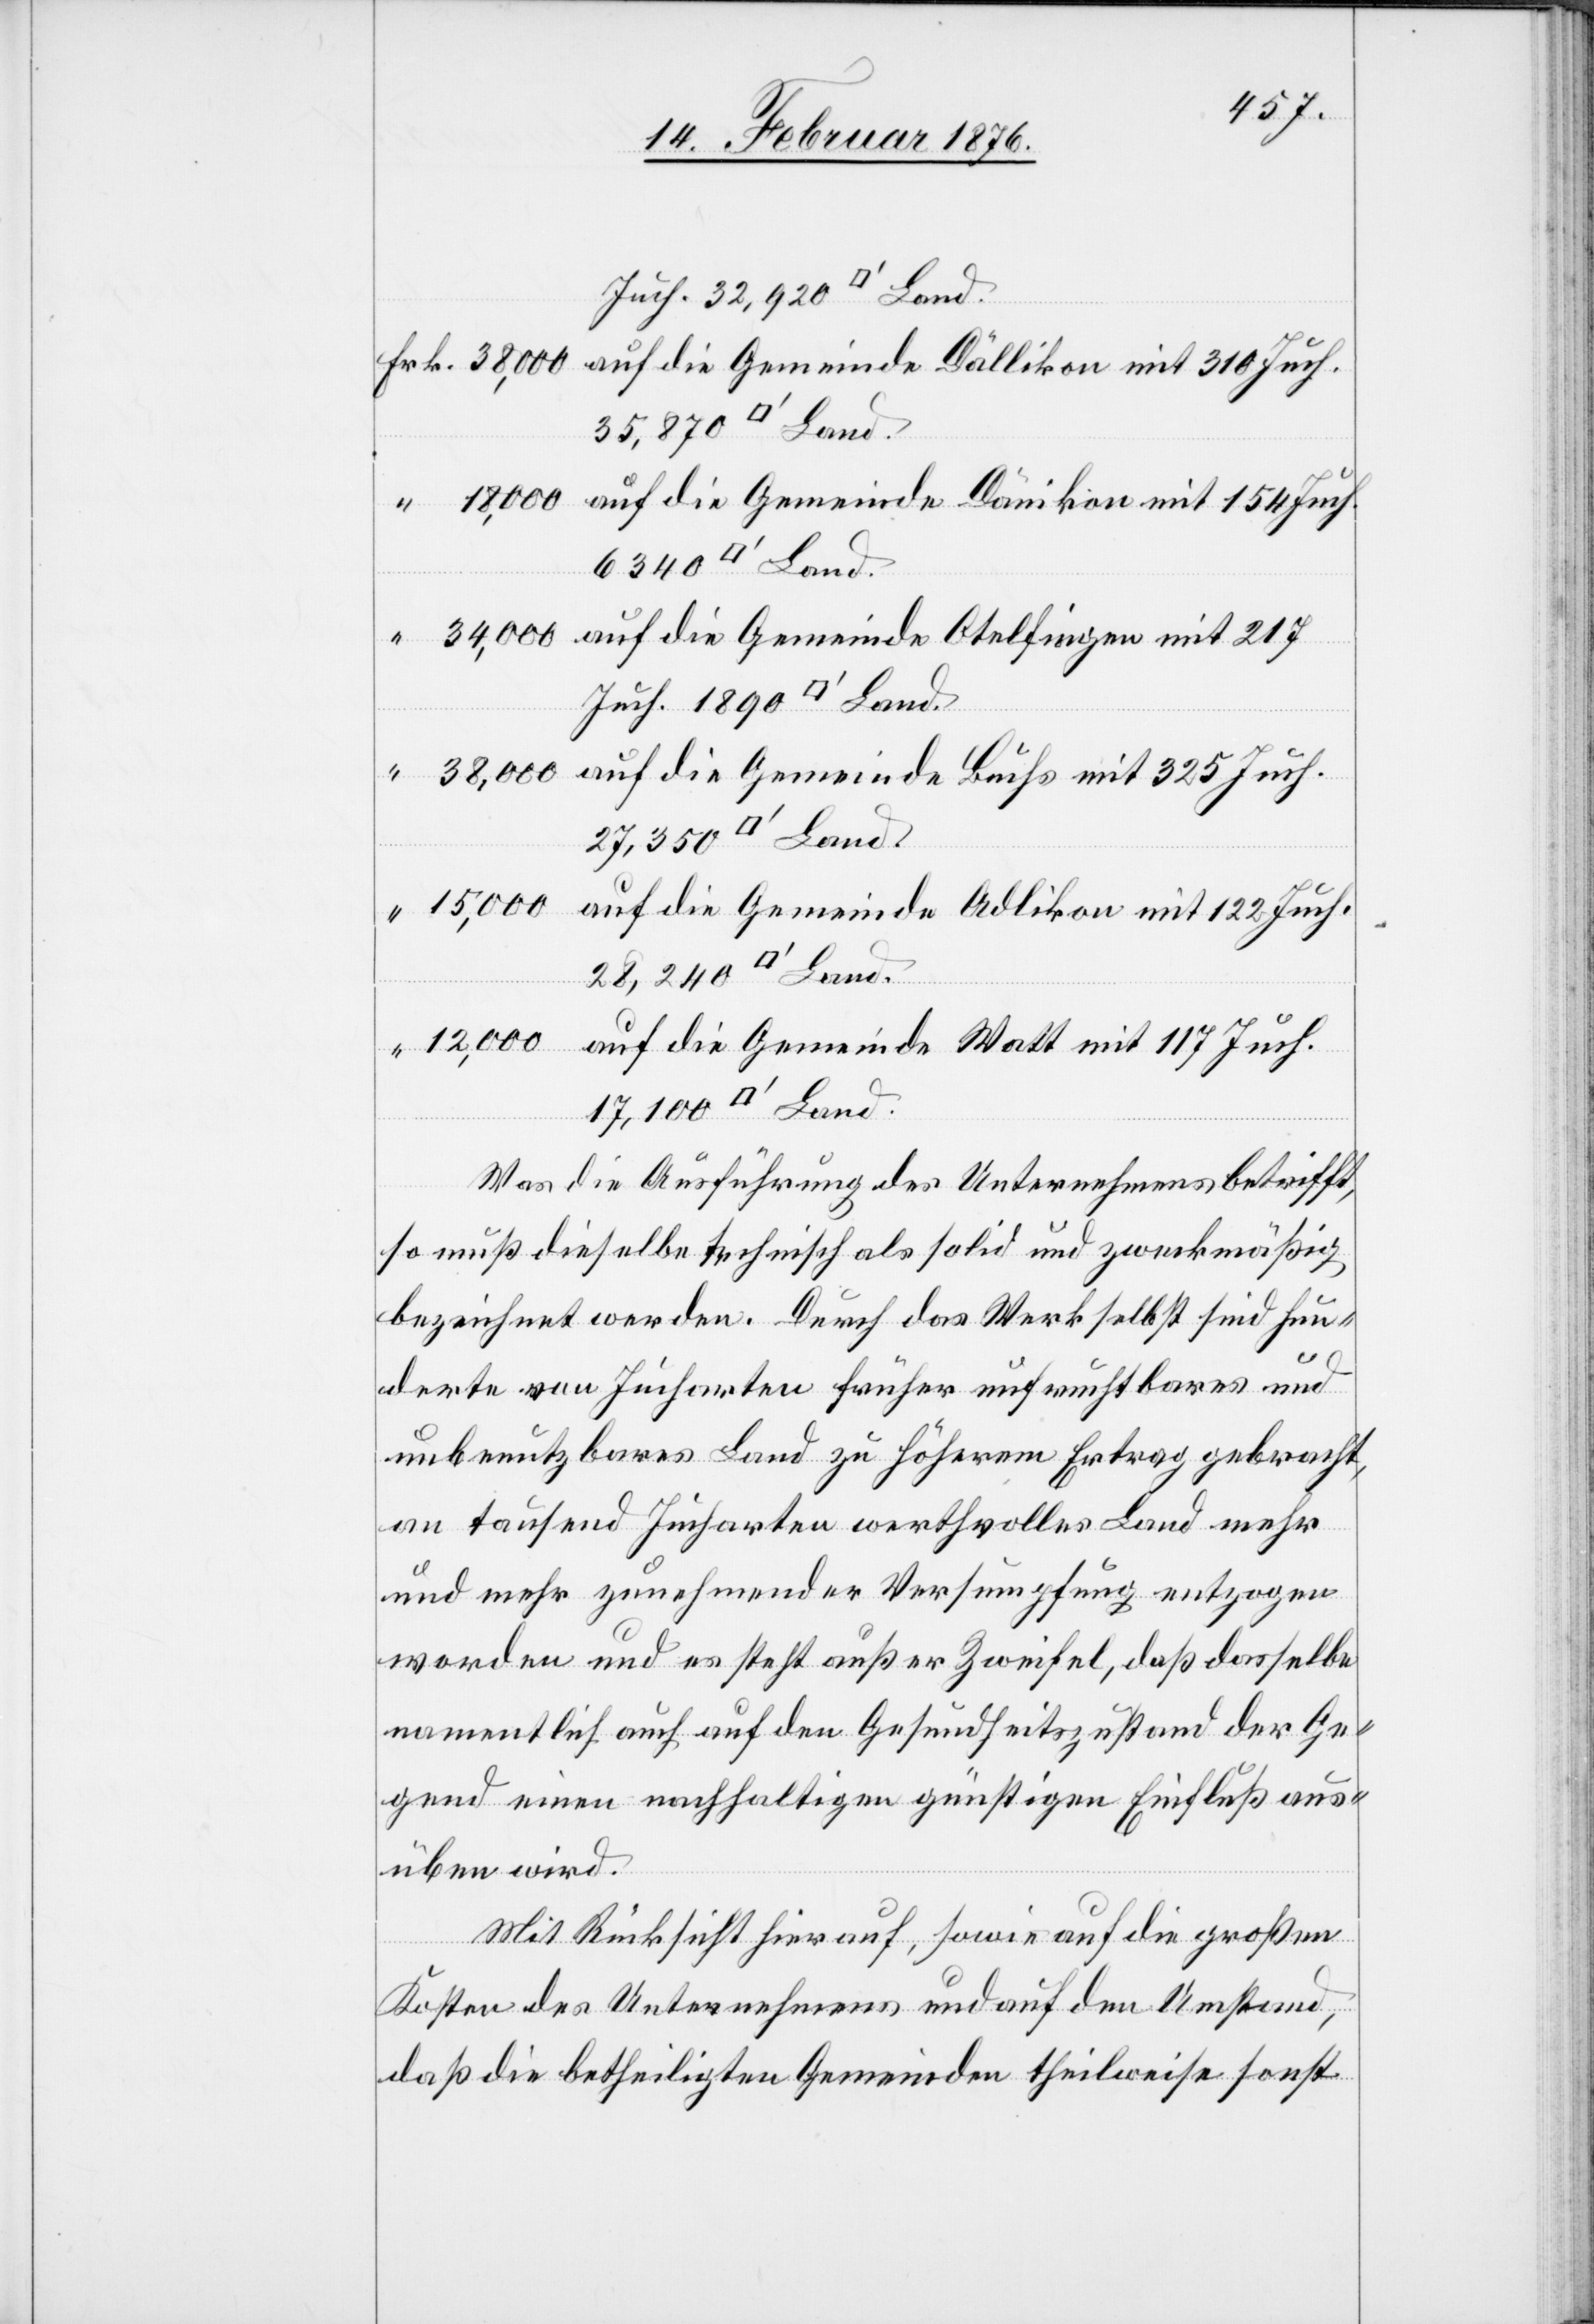
Juch. 32,920 [Quadr¬
Frk. 38,000 auf die Gemeinde Dällikon mit 310 Juch.
“ 18,000 auf die Gemeinde Dänikon mit 154 Juch.
atfuss] Land.
“ 34,000 auf die Gemeinde Otelfingen mit 217
“ 38,000 auf die Gemeinde Buchs mit 325 Juch.
“ 15,000 auf die Gemeinde Adlikon mit 122 Juch.
“ 12,000 auf die Gemeinde Watt mit 117 Juch.
Was die Ausführung des Unternehmens betrifft,
so muß dieselbe technisch als solid und zweckmäßig
bezeichnet werden. Durch das Werk selbst sind hun¬
derte Jucharten früher unfruchtbares und
unbenutzbares Land zu höherem Ertrag gebracht,
an tausend Jucharten wertvolles Land mehr
und mehr zunehmender Versumpfung entzogen
worden und es steht außer Zweifel, daß dasselbe
namentlich auch auf den Gesundheitszustand der Ge¬
gend einen nachhaltigen günstigen Einfluß aus¬
üben wird.
Mit Rücksicht hierauf, sowie auf die großen
Kosten des Unternehmens und auf den Umstand,
daß die betheiligten Gemeinden theilweise sonst